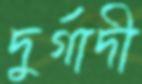
দুর্গাদী